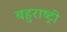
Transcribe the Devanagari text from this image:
बहुराष्ट्री